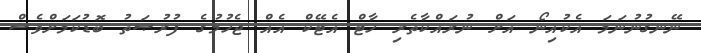
ނޭނގުނުނަމަ އެކުއިނޯ އަށް ނުރައްކާތެރި ހާޓް އެޓޭކް އެއް ޖެހުމުގެ ފުރުޞަތު ބޮޑުކަމަށްވެސް